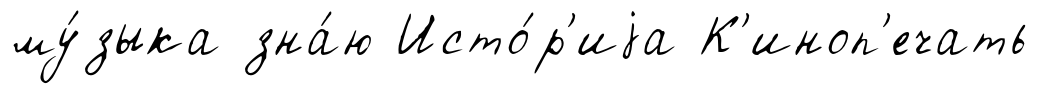
му́зыка зна́ю Исто́р'иjа К'иноп'ечать